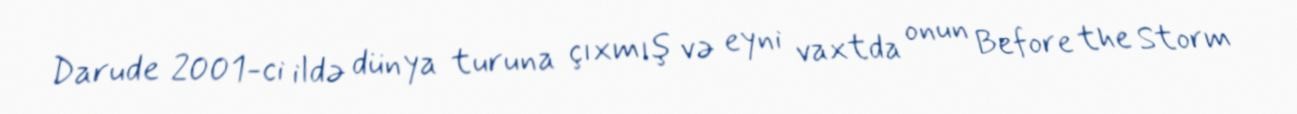
Darude 2001-ci ildə dünya turuna çıxmış və eyni vaxtda onun Before the Storm